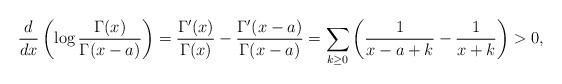
LaTeX: \begin{align*} \frac{d}{dx}\left(\log \frac{\Gamma(x)}{\Gamma(x-a)}\right) = \frac{\Gamma'(x)}{\Gamma(x)}-\frac{\Gamma'(x-a)}{\Gamma(x-a)} = \sum_{k\geq0}\left(\frac{1}{x-a+k}-\frac{1}{x+k}\right) > 0, \end{align*}